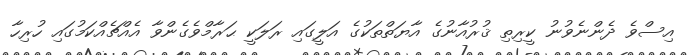
އިސްވެ ދެންނެވުނު ކީރިތި ޤުރުއާނުގެ އާޔަތްތަކުގެ އަލީގައި ރަލަކީ ޙަރާމްވެގެންވާ އެއްޗެއްކަމުގައި ހުރިހާ